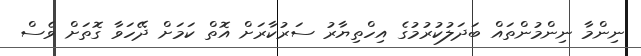
ނިންމާ ނިންމުންތައް ބަދަލުކުރުމުގެ އިހްތިޔާރު ސަރުކާރަށް އޮތް ކަމަށް ދޭހަވާ ގޮތަށް ވެސް